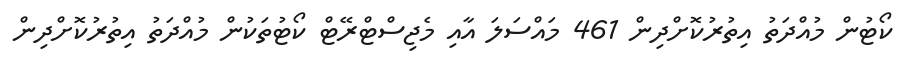
ކޯޓުން މުއްދަތު އިތުރުކޮށްދިން 461 މައްސަލަ އާއި މެޖިސްޓްރޭޓް ކޯޓުތަކުން މުއްދަތު އިތުރުކޮށްދިން